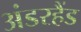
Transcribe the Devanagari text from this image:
अंडरहैंड